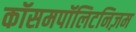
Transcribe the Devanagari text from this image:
कॉसमपॉलिटनिज़म